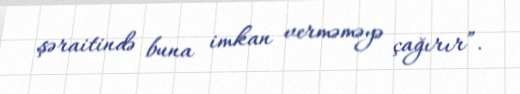
şəraitində buna imkan verməməyə çağırır”.